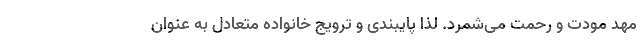
مهد مودت و رحمت می‌شمرد. لذا پایبندی و ترویج خانواده متعادل به عنوان